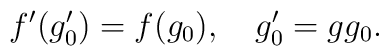
f'(g'_0)=f(g_0),\quad g'_0=gg_0.